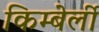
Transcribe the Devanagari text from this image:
किम्बेर्ली